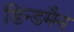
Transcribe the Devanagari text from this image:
डिन्डमैन